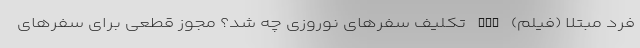
فرد مبتلا (فیلم) nan تکلیف سفرهای نوروزی چه شد؟ مجوز قطعی برای سفرهای